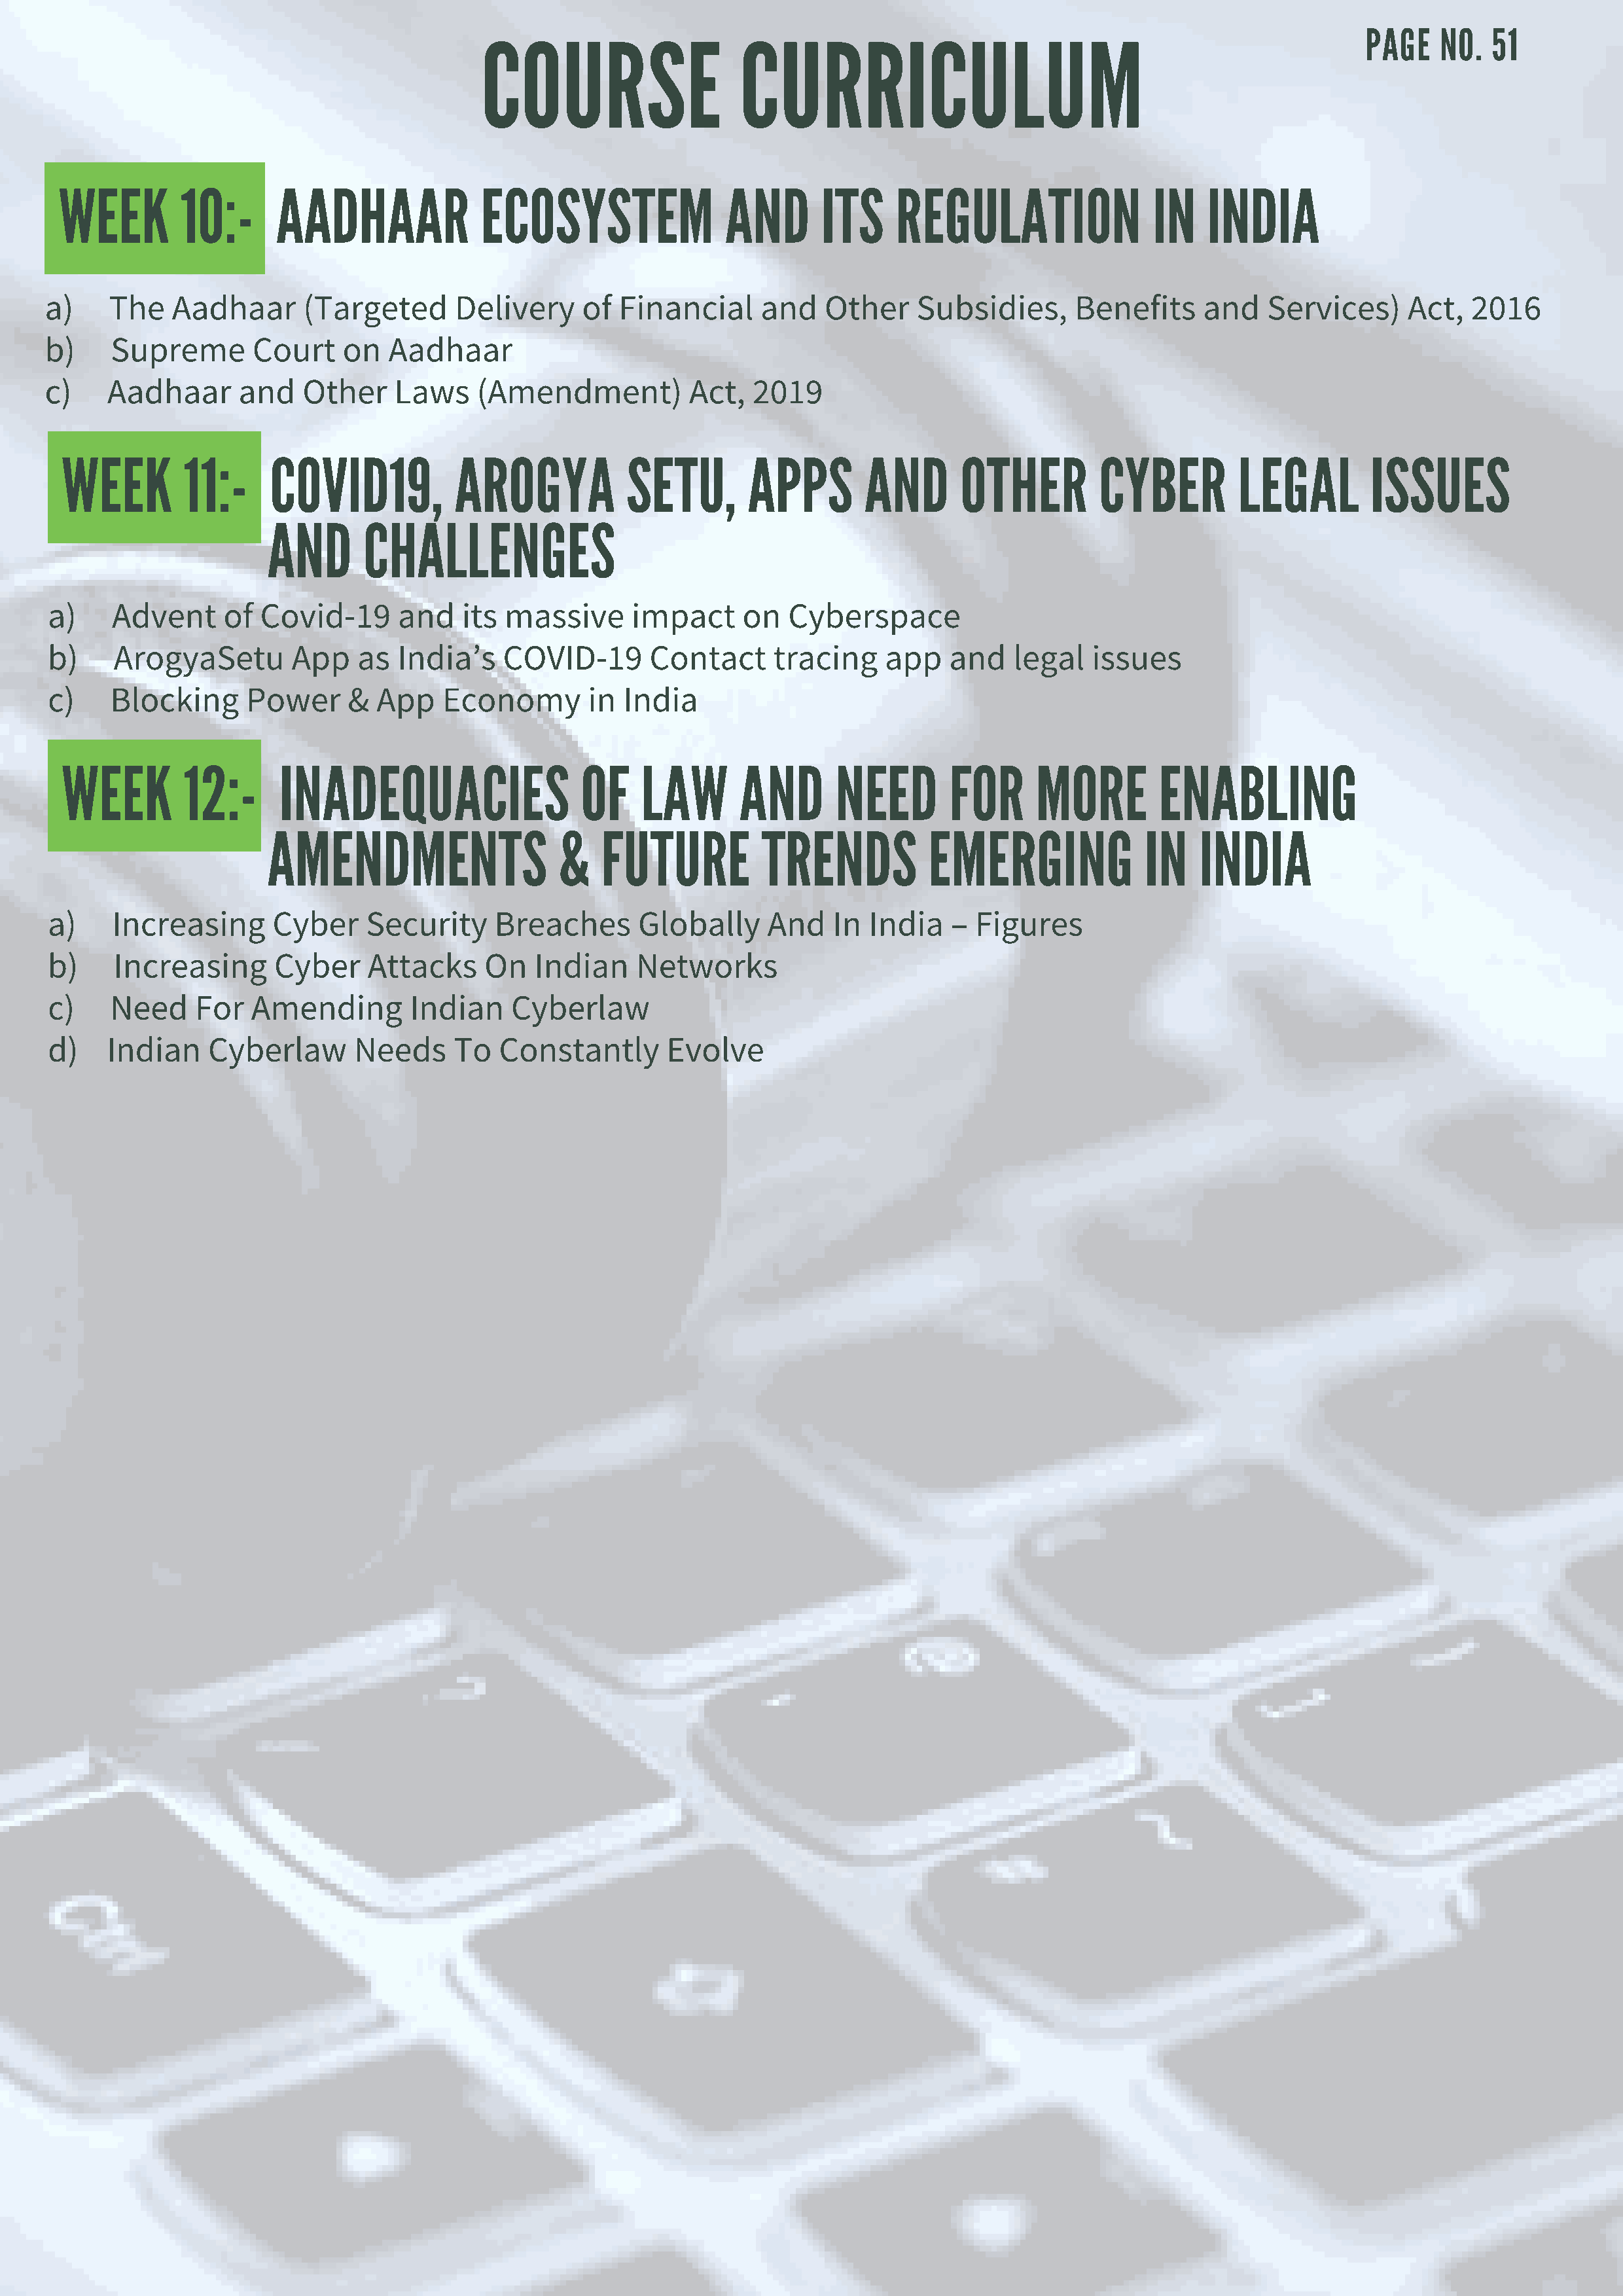
COURSE                    CURRICULUM
 PAGE    NO.  51
 WEEK        10:-      AADHAAR              ECOSYSTEM               AND       ITS     REGULATION                IN   INDIA
 a)    The   Aadhaar       (Targeted      Delivery     of  Financial     and   Other     Subsidies,      Benefits     and   Services)     Act,   2016
 b)    Supreme        Court    on  Aadhaar
 c)    Aadhaar      and    Other    Laws    (Amendment)           Act,  2019
 WEEK         11:-    COVID19,           AROGYA           SETU,        APPS       AND       OTHER         CYBER         LEGAL         ISSUES
 AND       CHALLENGES
 a)    Advent      of Covid-19      and    its massive      impact     on   Cyberspace
 b)    ArogyaSetu        App    as  India’s    COVID-19       Contact     tracing     app   and   legal   issues
 c)    Blocking      Power     &  App    Economy       in  India
 WEEK         12:-     INADEQUACIES                   OF    LAW       AND       NEED       FOR      MORE        ENABLING
 AMENDMENTS                    &   FUTURE          TRENDS           EMERGING              IN   INDIA
 a)    Increasing       Cyber    Security     Breaches       Globally     And   In  India   –  Figures
 b)    Increasing       Cyber    Attacks     On   Indian    Networks
 c)    Need     For  Amending        Indian     Cyberlaw
 d)    Indian    Cyberlaw       Needs     To  Constantly       Evolve